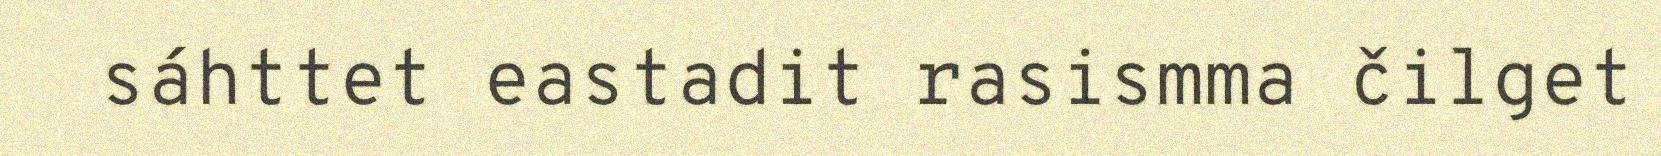
sáhttet eastadit rasismma čilget